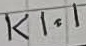
Text: K1.1